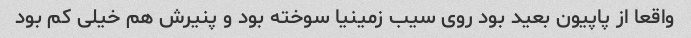
واقعا از پاپیون بعید بود روی سیب زمینیا سوخته بود و پنیرش هم خیلی کم بود